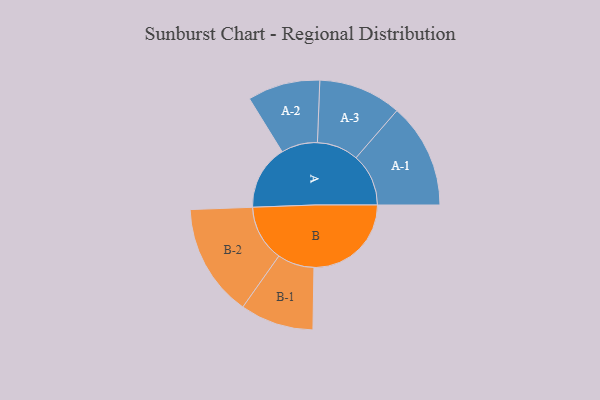
{"axis": {"x": "Segment", "y": "Value"}, "legend": ["", "A", "B"], "data": [{"x": "A", "y": 287, "type": ""}, {"x": "B", "y": 432, "type": ""}, {"x": "A-1", "y": 233, "type": "A"}, {"x": "A-2", "y": 161, "type": "A"}, {"x": "A-3", "y": 184, "type": "A"}, {"x": "B-1", "y": 163, "type": "B"}, {"x": "B-2", "y": 250, "type": "B"}]}